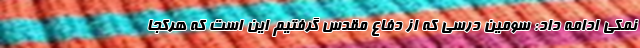
نمکی ادامه داد: سومین درسی که از دفاع مقدس گرفتیم این است که هرکجا